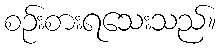
စဉ်းစားရသေးသည်။